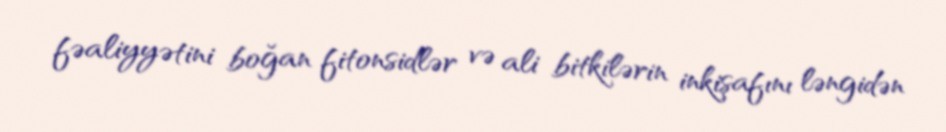
fəaliyyətini boğan fitonsidlər və ali bitkilərin inkişafını ləngidən